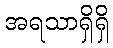
အရသာရှိရှိ